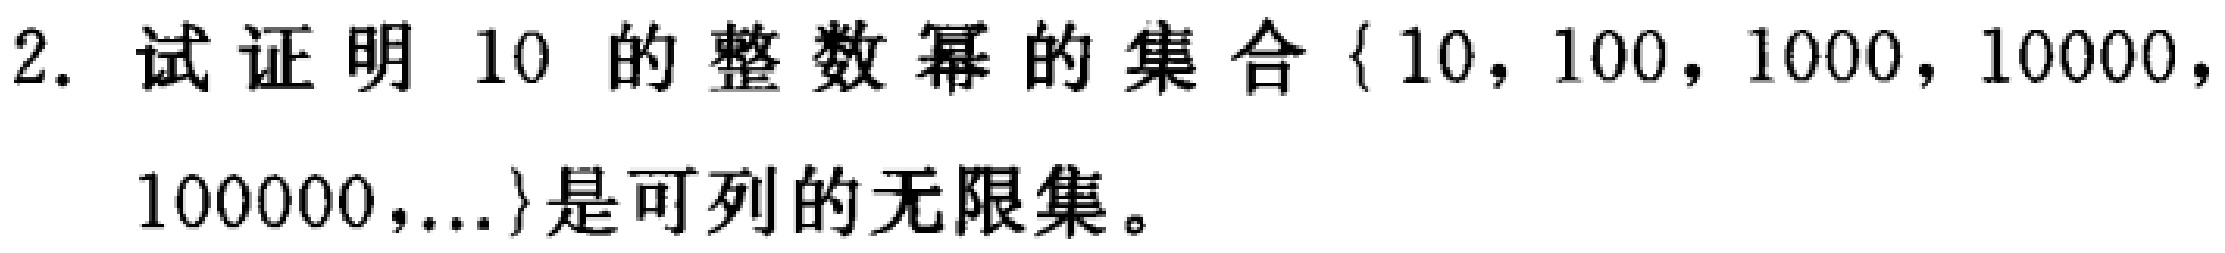
2. 试证明 10 的整数幂的集合$\{10, 100, 1000, 10000, 100000,\ldots\}$是可列的无限集。